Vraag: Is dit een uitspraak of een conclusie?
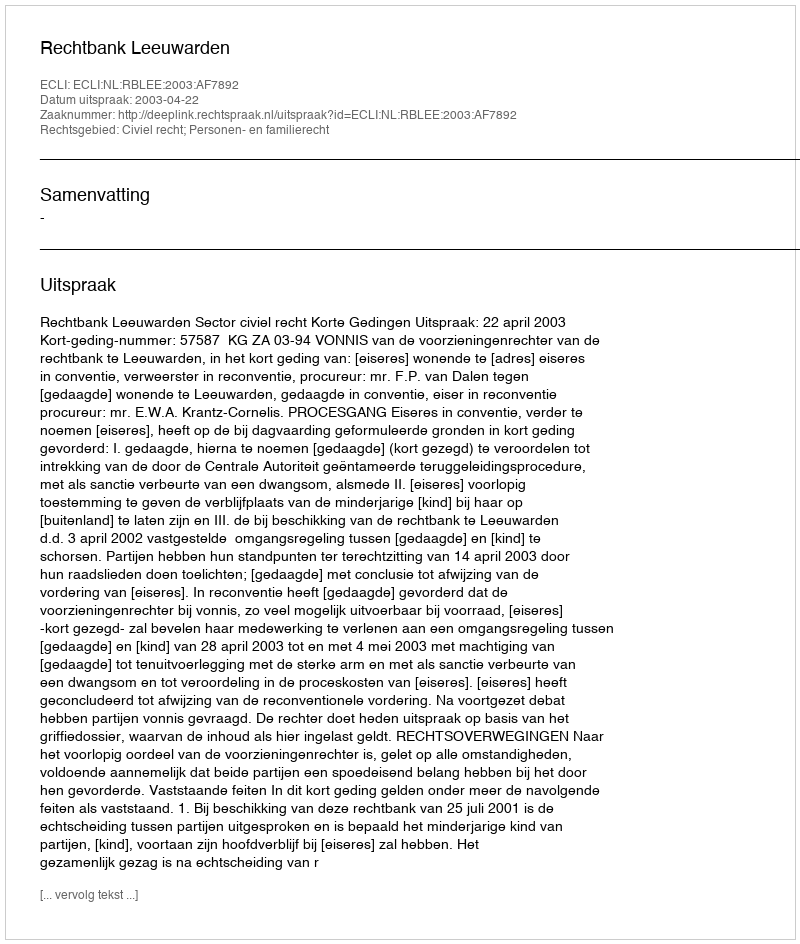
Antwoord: Uitspraak